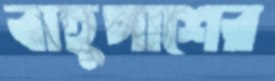
বাহুপাশের